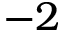
- 2